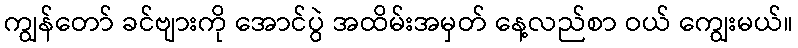
ကျွန်တော် ခင်ဗျားကို အောင်ပွဲ အထိမ်းအမှတ် နေ့လည်စာ ဝယ် ကျွေးမယ်။